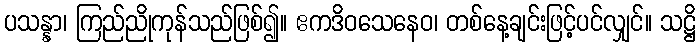
ပသန္နာ၊ ကြည်ညိုကုန်သည်ဖြစ်၍။ ဧကဒိဝသေနေဝ၊ တစ်နေ့ချင်းဖြင့်ပင်လျှင်။ သဋ္ဌိ